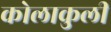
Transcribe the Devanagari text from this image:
कोलाकुली